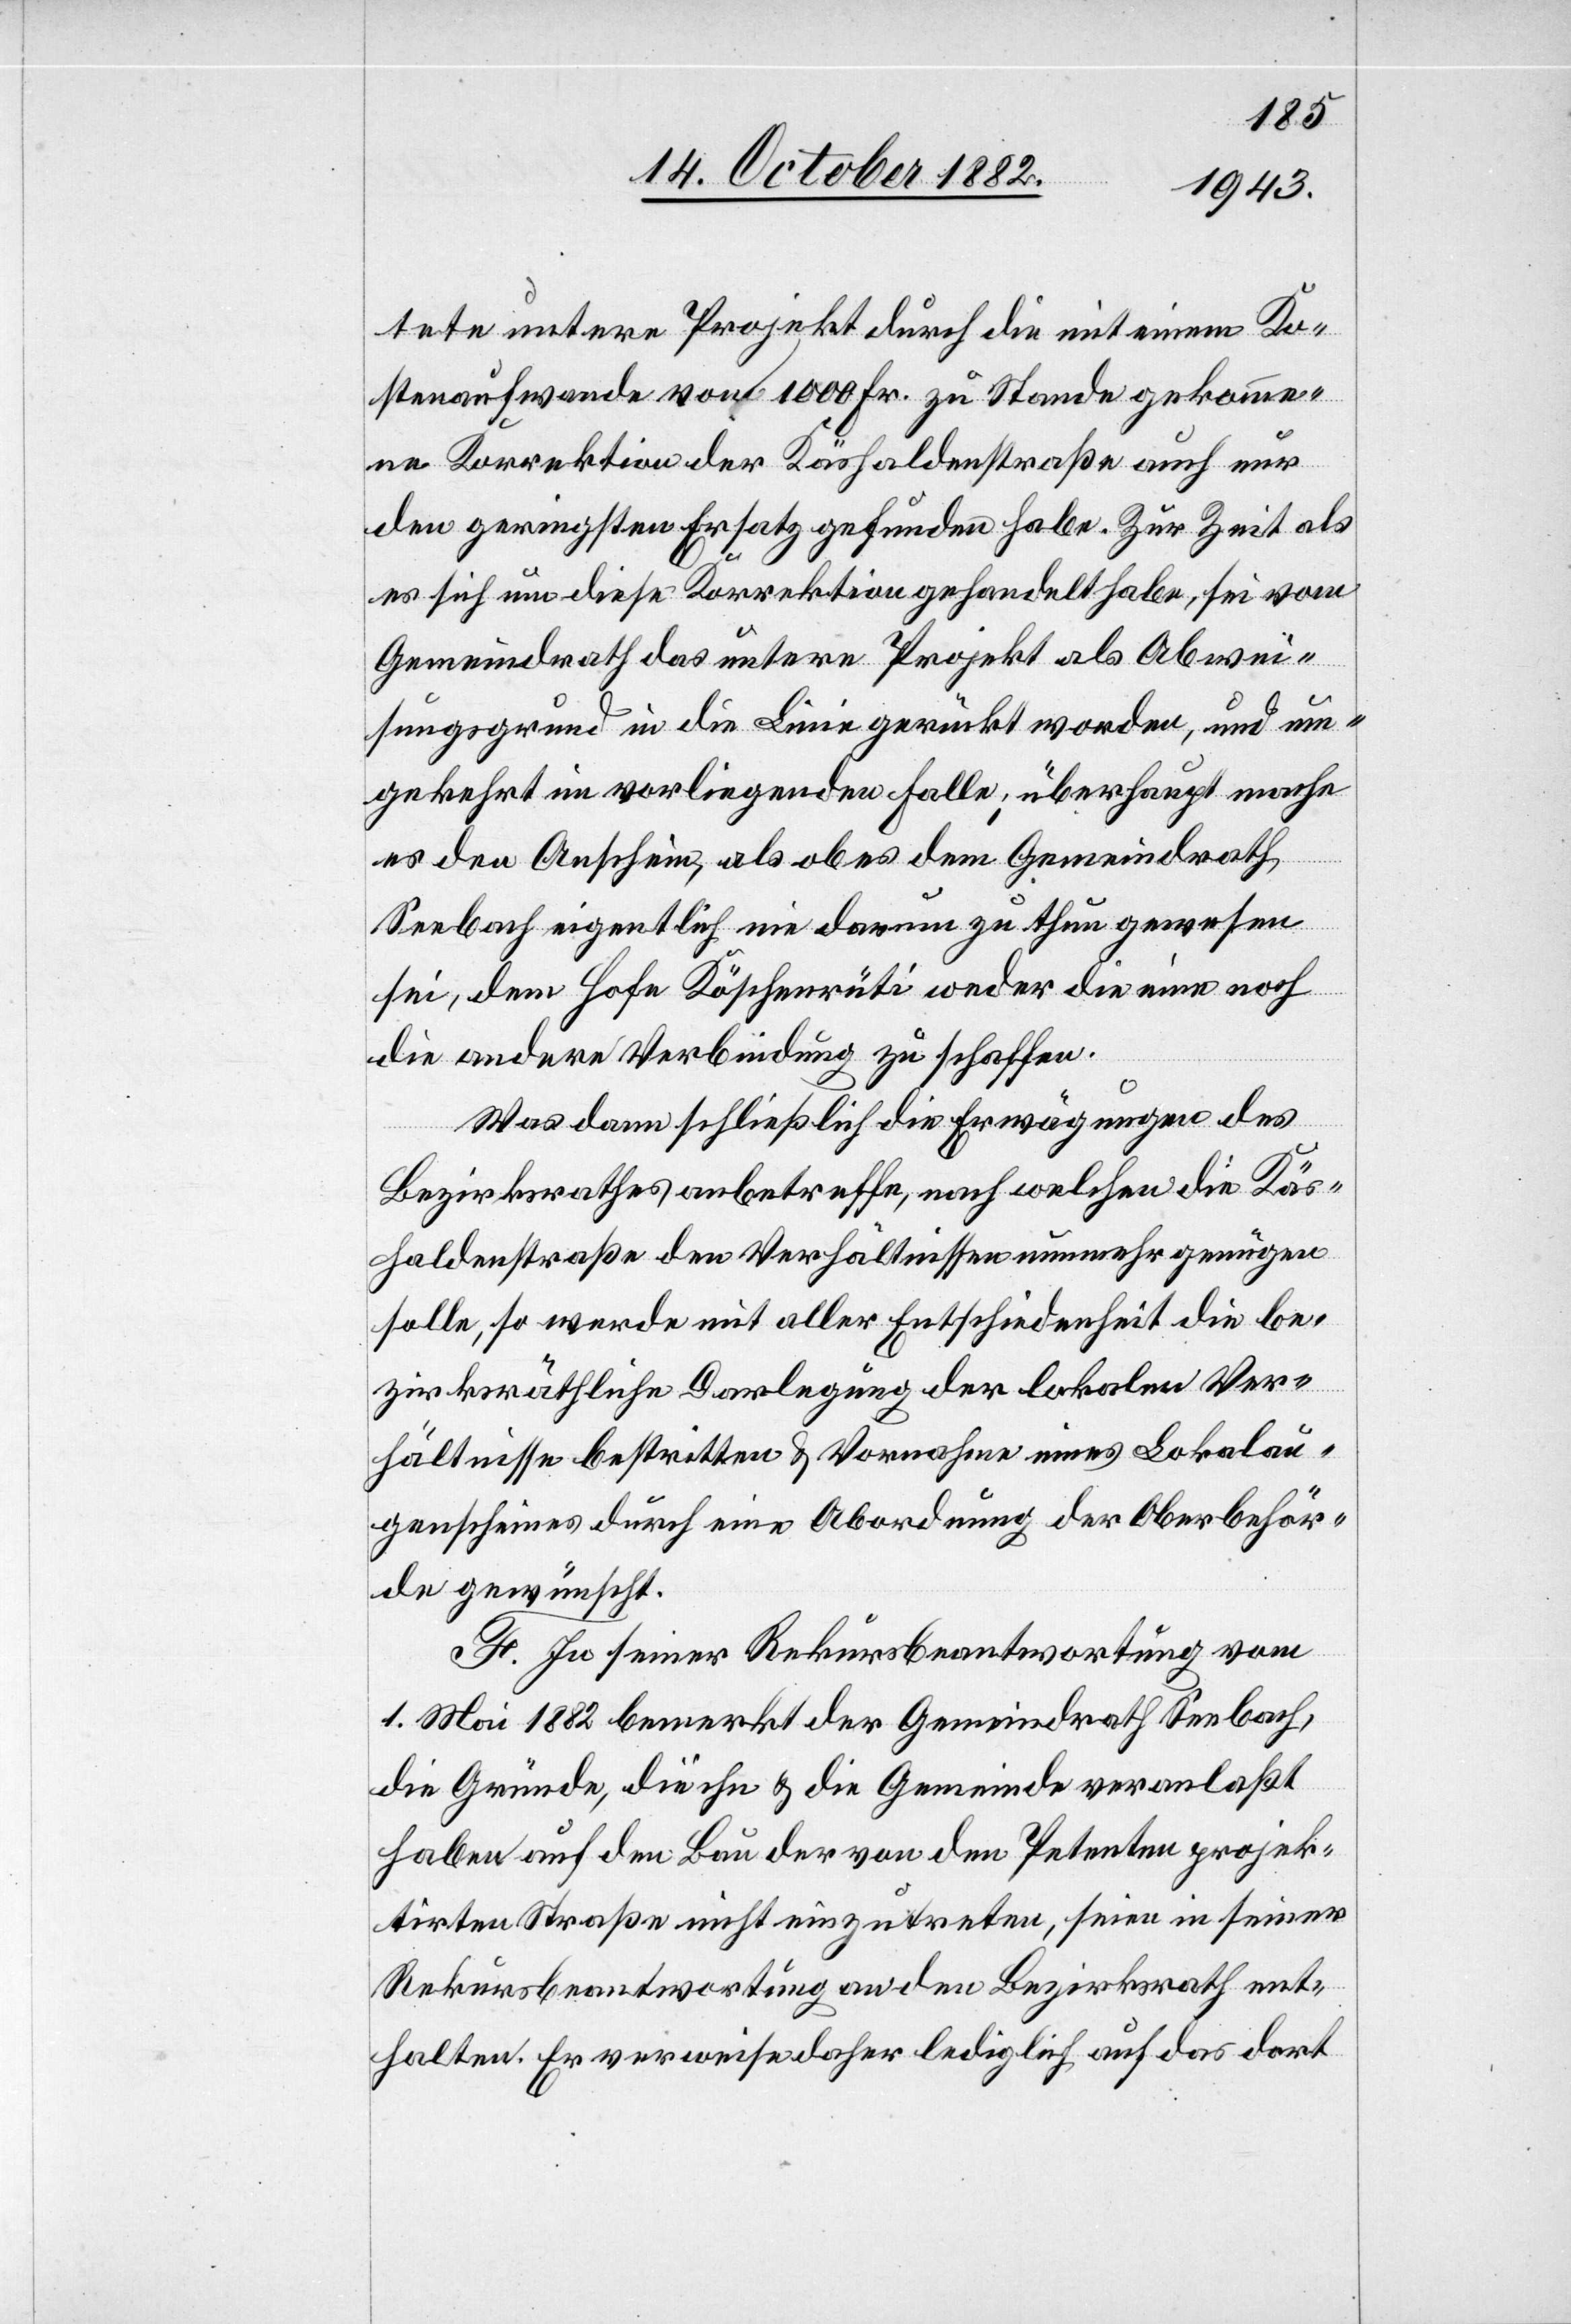
tete untere Projekt durch die mit einem Ko¬
stenaufwande von 1000 Fr. zu Stande gekomme¬
ne Korrektion der Käshaldenstraße auch nur
den geringsten Ersatz gefunden habe. Zur Zeit als
es sich um diese Korrektion gehandelt habe, sei vom
Gemeindrath das untere Projekt als Abwei¬
sungsgrund in die Linie gerückt worden, und um¬
gekehrt im vorliegenden Falle; überhaupt macht
es den Anschein, als ob es dem Gemeindrath
Seebach eigentlich nie darum zu thun gewesen
sei, dem Hofe Köschenrüti weder die eine noch
die andere Verbindung zu schaffen.
Was dann schließlich die Erwägungen des
Bezirksrathes anbetreffe, nach welchen die Käs¬
haldenstraße den Verhältnissen nunmehr genügen
solle, so werde mit aller Entschiedenheit die be¬
zirksräthliche Darlegung der lokalen Ver¬
hältnisse bestritten / Vornahme eins Lokalau¬
genscheines durch eine Abordnung der Oberbehör¬
de gewünscht.
F. In seiner Rekursbeantwortung vom
1. Mai 1882 bemerkt der Gemeindrath Seebach,
die Gründe, die ihn & die Gemeinde veranlaßt
haben auf den Bau der von den Petenten projek¬
tirten Straße nicht einzutreten, seien in seiner
Rekursbeantwortung an den Bezirksrath ent¬
halten. Er verweise daher lediglich auf das dort